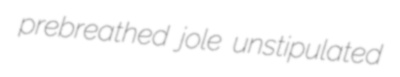
prebreathed jole unstipulated